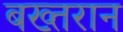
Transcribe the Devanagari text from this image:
बख्तरान